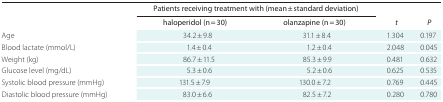
<table><thead><tr><td></td><td colspan="2"><b>Patients receiving treatment with (mean ± standard deviation)</b></td><td></td><td></td></tr><tr><td></td><td><b>haloperidol (n = 30)</b></td><td><b>olanzapine (n = 30)</b></td><td><b><i>t</i></b></td><td><b><i>P</i></b></td></tr></thead><tbody><tr><td>Age</td><td>34.2 ± 9.8</td><td>31.1 ± 8.4</td><td>1.304</td><td>0.197</td></tr><tr><td>Blood lactate (mmol/L)</td><td>1.4 ± 0.4</td><td>1.2 ± 0.4</td><td>2.048</td><td>0.045</td></tr><tr><td>Weight (kg)</td><td>86.7 ± 11.5</td><td>85.3 ± 9.9</td><td>0.481</td><td>0.632</td></tr><tr><td>Glucose level (mg/dL)</td><td>5.3 ± 0.6</td><td>5.2 ± 0.6</td><td>0.625</td><td>0.535</td></tr><tr><td>Systolic blood pressure (mmHg)</td><td>131.5 ± 7.9</td><td>130.0 ± 7.2</td><td>0.769</td><td>0.445</td></tr><tr><td>Diastolic blood pressure (mmHg)</td><td>83.0 ± 6.6</td><td>82.5 ± 7.2</td><td>0.280</td><td>0.780</td></tr></tbody></table>